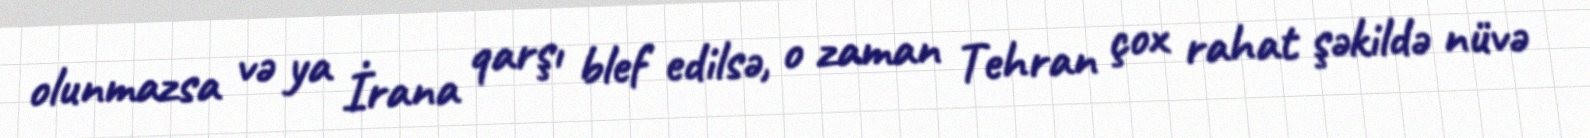
olunmazsa və ya İrana qarşı blef edilsə, o zaman Tehran çox rahat şəkildə nüvə